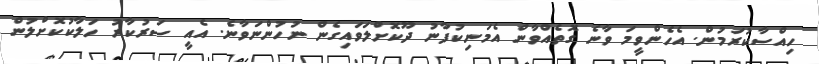
ހިއްސާކުރަމުން. އެހެންވީމަ ވާނެ ގޮތެއްވާން އެމަނިކުފާނު ދޫކޮށްލަވައިގެން ނުހުންނަވާނެ. އެއީ ސަރުކާރު ހަލާކުކޮށްލުން